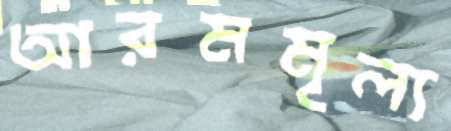
আরমমূল্য